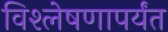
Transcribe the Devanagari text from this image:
विश्लेषणापर्यंत